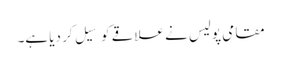
مقامی پولیس نے علاقے کو سِیل کر دیا ہے۔